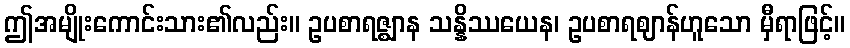
ဤအမျိုးကောင်းသား၏လည်း။ ဥပစာရဇ္ဈာန သန္နိဿယေန၊ ဥပစာရဈာန်ဟူသော မှီရာဖြင့်။